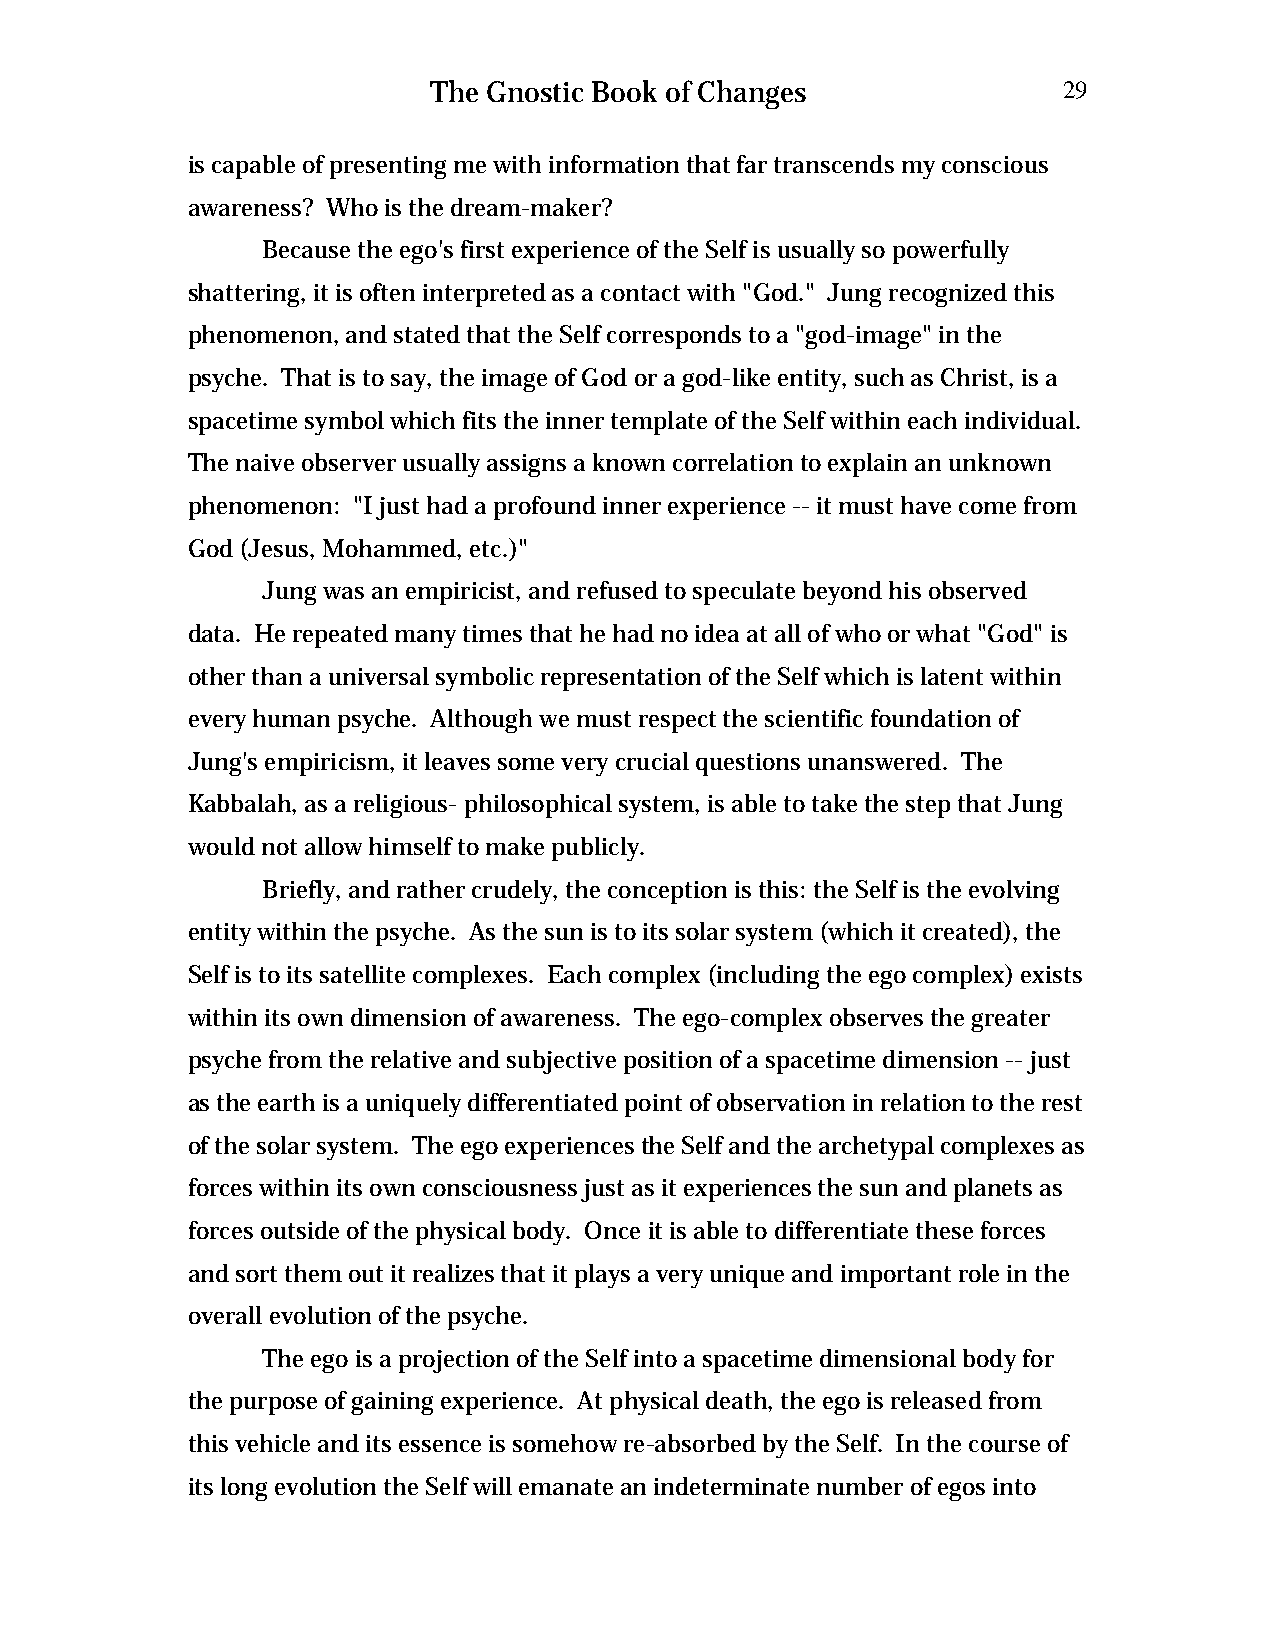
The Gnostic Book of Changes              29
 is capable of presenting me with information that far transcends my conscious
 awareness? Who is the dream-maker?
 Because the ego's first experience of the Self is usually so powerfully
 shattering, it is often interpreted as a contact with "God." Jung recognized this
 phenomenon, and stated that the Self corresponds to a "god-image" in the
 psyche. That is to say, the image of God or a god-like entity, such as Christ, is a
 spacetime symbol which fits the inner template of the Self within each individual.
 The naive observer usually assigns a known correlation to explain an unknown
 phenomenon: "I just had a profound inner experience -- it must have come from
 God (Jesus, Mohammed, etc.)"
 Jung was an empiricist, and refused to speculate beyond his observed
 data. He repeated many times that he had no idea at all of who or what "God" is
 other than a universal symbolic representation of the Self which is latent within
 every human psyche. Although we must respect the scientific foundation of
 Jung's empiricism, it leaves some very crucial questions unanswered. The
 Kabbalah, as a religious- philosophical system, is able to take the step that Jung
 would not allow himself to make publicly.
 Briefly, and rather crudely, the conception is this: the Self is the evolving
 entity within the psyche. As the sun is to its solar system (which it created), the
 Self is to its satellite complexes. Each complex (including the ego complex) exists
 within its own dimension of awareness. The ego-complex observes the greater
 psyche from the relative and subjective position of a spacetime dimension -- just
 as the earth is a uniquely differentiated point of observation in relation to the rest
 of the solar system. The ego experiences the Self and the archetypal complexes as
 forces within its own consciousness just as it experiences the sun and planets as
 forces outside of the physical body. Once it is able to differentiate these forces
 and sort them out it realizes that it plays a very unique and important role in the
 overall evolution of the psyche.
 The ego is a projection of the Self into a spacetime dimensional body for
 the purpose of gaining experience. At physical death, the ego is released from
 this vehicle and its essence is somehow re-absorbed by the Self. In the course of
 its long evolution the Self will emanate an indeterminate number of egos into